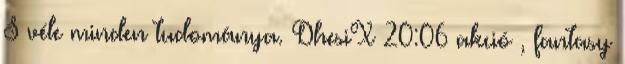
S véle minden tudománya. DhesiX 20:06 akció , fantasy